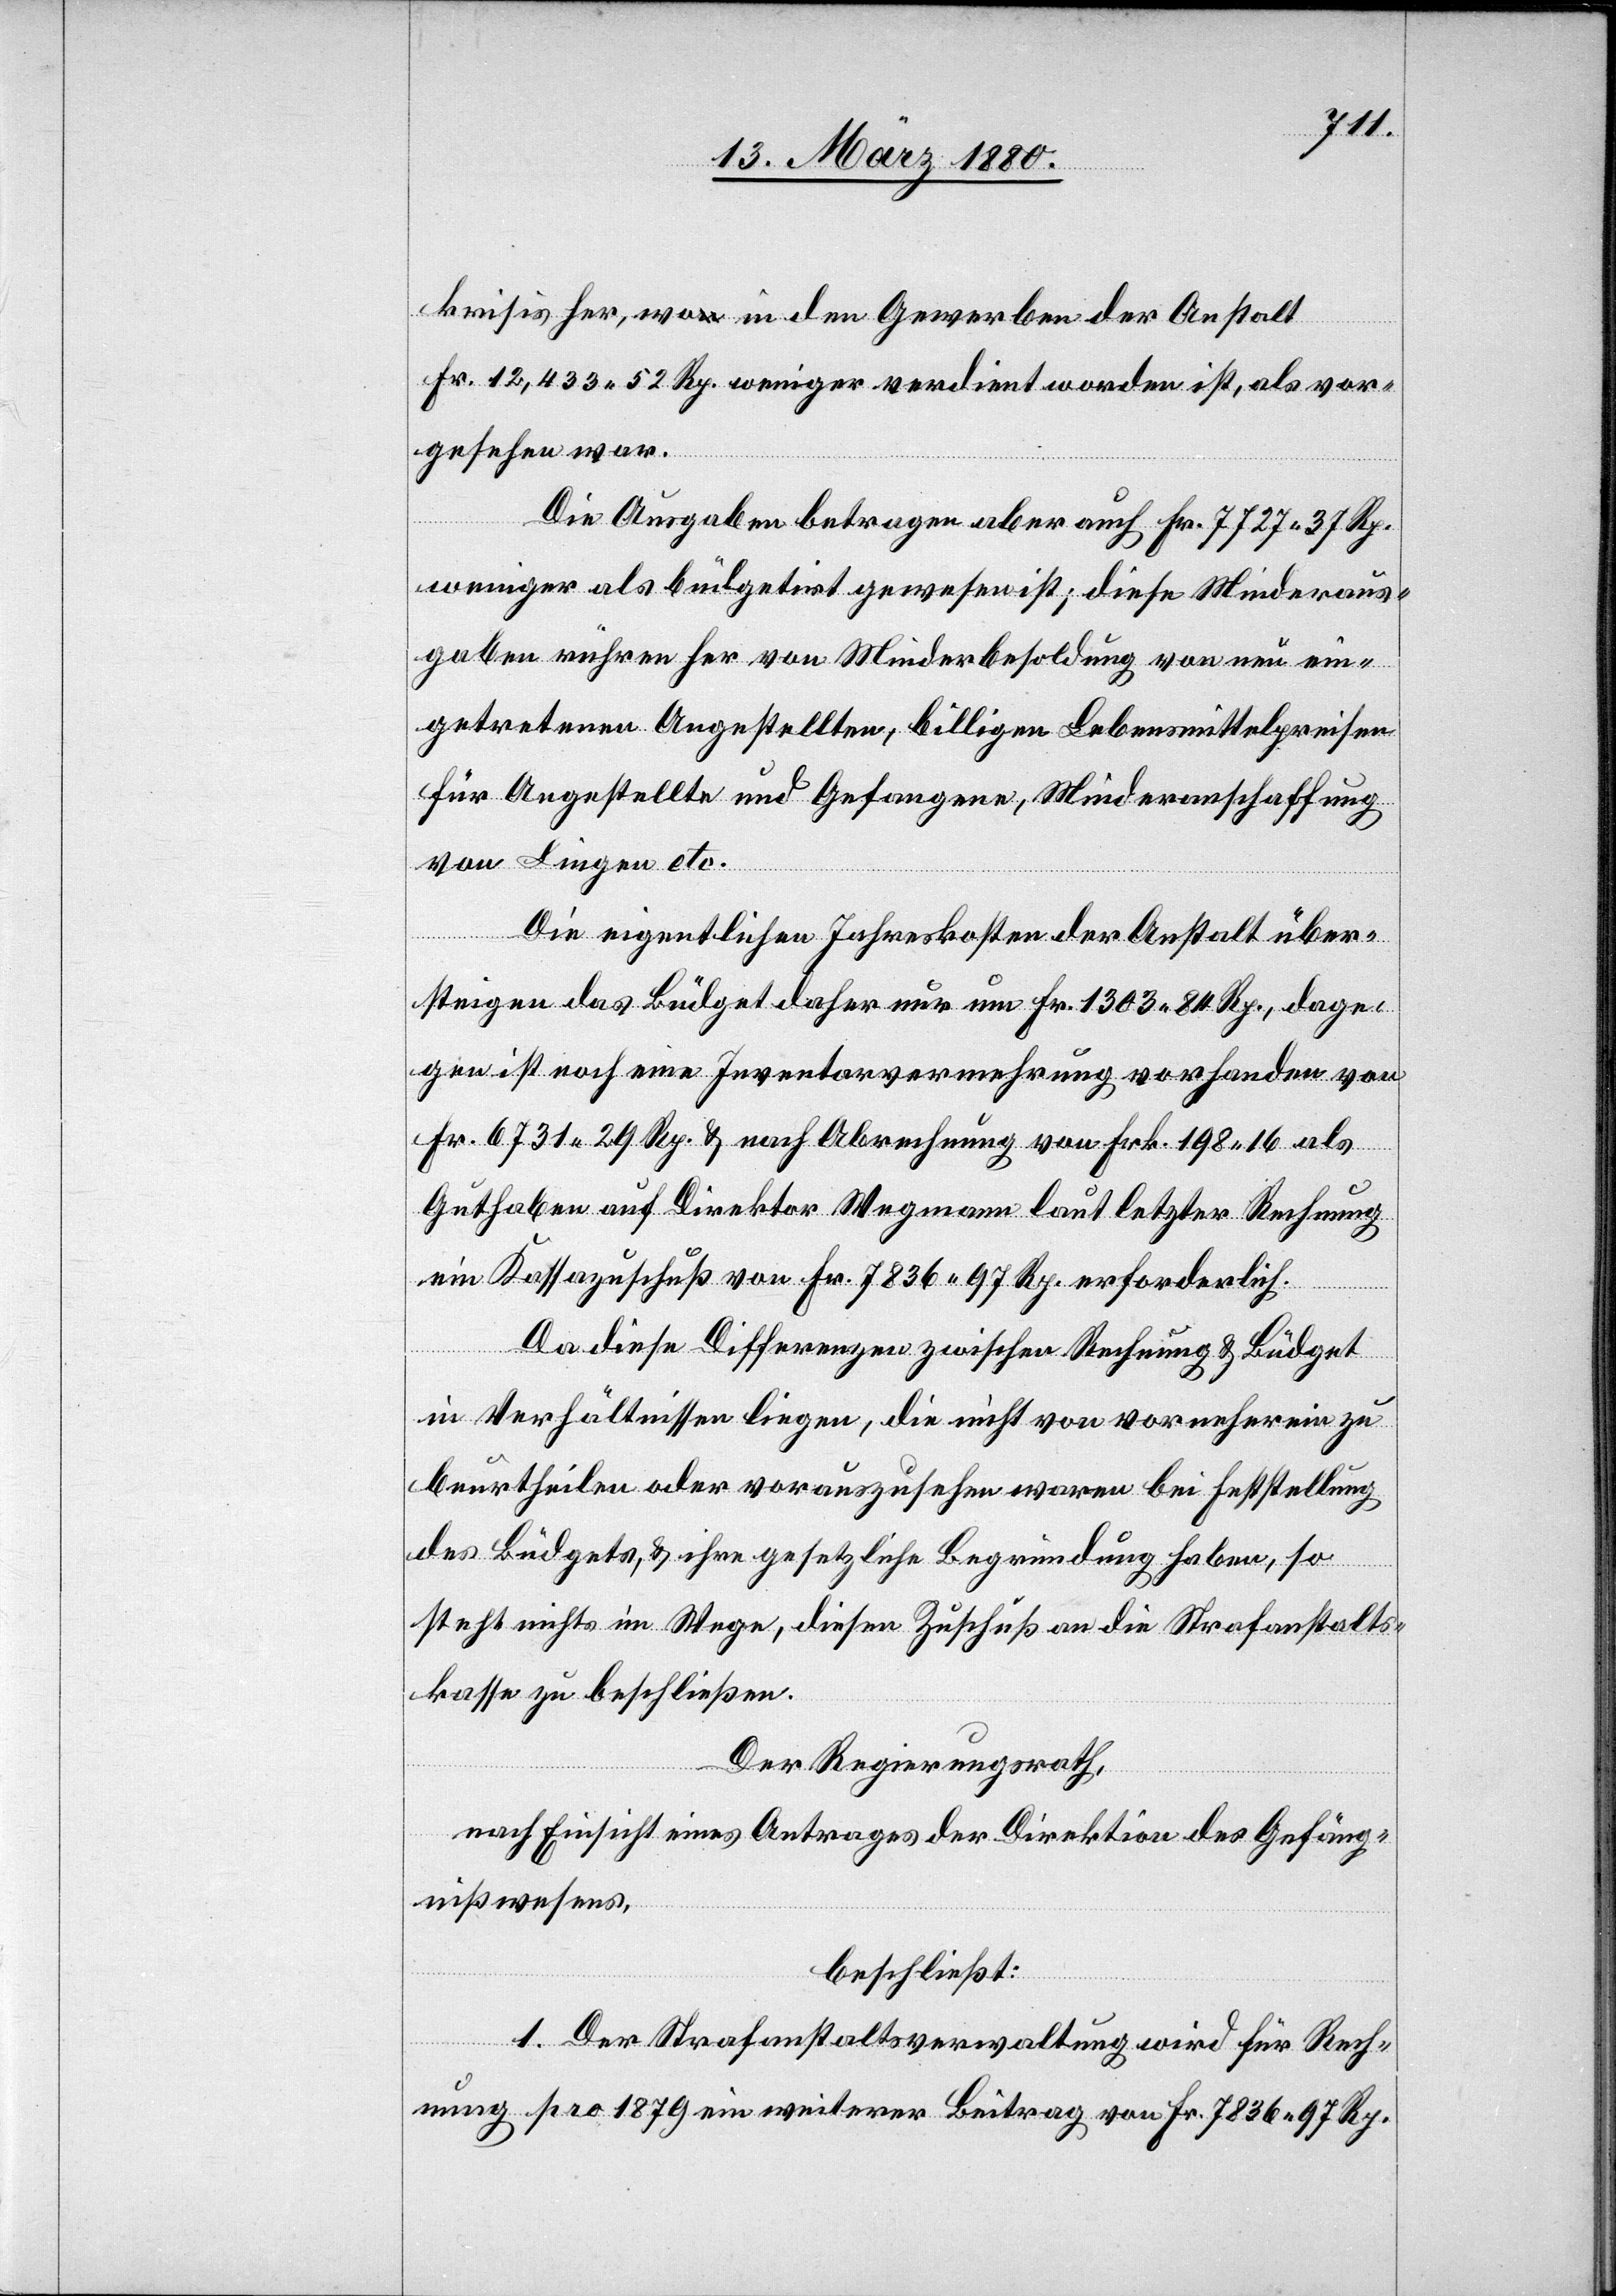
krisis her, wo in den Gewerben der Anstalt
Fr. 12, 433.52 Rp. weniger verdient worden ist, als vor¬
gesehen war.
Die Ausgaben betragen aber auch Fr. 7727 37 Rp.
weniger als büdgetirt gewesen ist; diese Minderaus¬
gaben rühren her von Minderbesoldung von neu ein¬
getretenen Angestellten, billigen Lebensmittelpreisen
für Angestellte und Gefangene, Minderanschaffung
von Liegen etc.
Die eigentlichen Jahreskosten der Anstalt über¬
steigen das Büdget daher nur um Fr. 1303 84 Rp., dage¬
gen ist noch eine Inventarvermehrung vorhanden von
Fr. 6731 29 Rp. & nach Abrechnung von Frk. 198 16 als
Guthaben auf Direktor Wegmann laut letzter Rechnung
ein Kassazuschuß von Fr. 7836 97 Rp. erforderlich.
Da diese Differenzen zwischen Rechnung & Büdget
in Verhältnissen liegen, die nicht von vornherein zu
beurtheilen oder vorauszusehen waren bei Feststellung
des Büdgets, & ihre gesetzliche Begründung haben, so
steht nichts im Wege, diesen Zuschuß an die Strafanstalts¬
kasse zu beschließen.
Der Regierungsrath,
nach Einsicht eines Antrages der Direktion des Gefäng¬
nißwesens,
beschließt:
1. Der Strafanstaltsverwaltung wird für Rech¬
nung pro 1879 ein weiterer Beitrag von Fr. 7836 97 Rp.